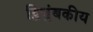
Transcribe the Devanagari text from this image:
द्विचुंबकीय